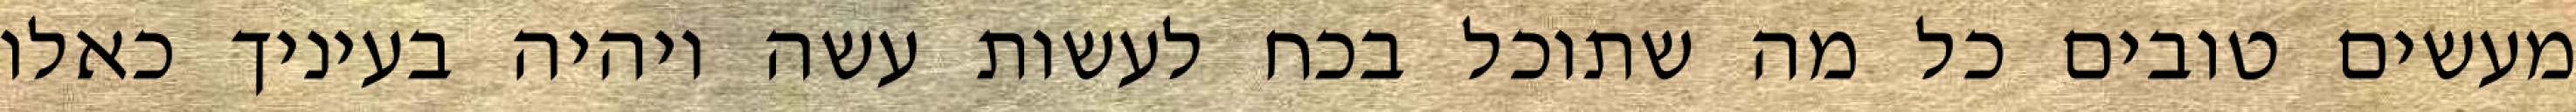
מעשים טובים כל מה שתוכל בכח לעשות עשה ויהיה בעיניך כאלו